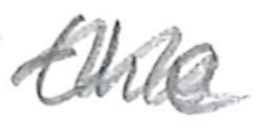
Text: the
Cross-out: wave
Writing tool: pencil